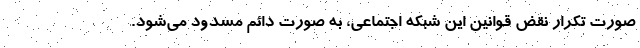
صورت تکرار نقض قوانین این شبکه اجتماعی، به صورت دائم مسدود می‌شود.